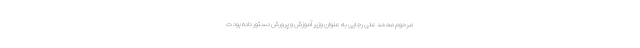
مرحوم محمد علی رجایی به عنوان وزیر آموزش و پرورش دستور داده بود ت